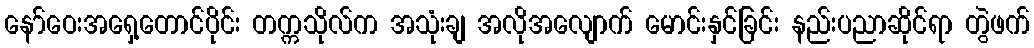
နော်ဝေးအရှေ့တောင်ပိုင်း တက္ကသိုလ်က အသုံးချ အလိုအလျောက် မောင်းနှင်ခြင်း နည်းပညာဆိုင်ရာ တွဲဖက်